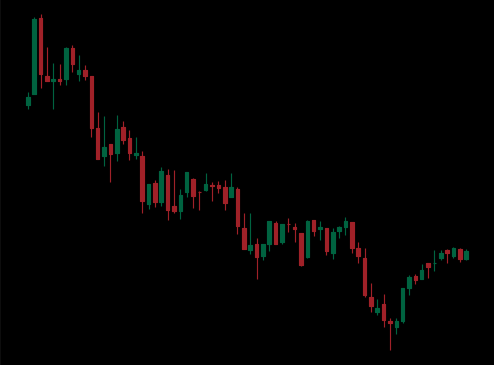
Pattern: bull_flag